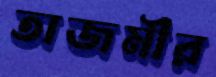
তাজমীর